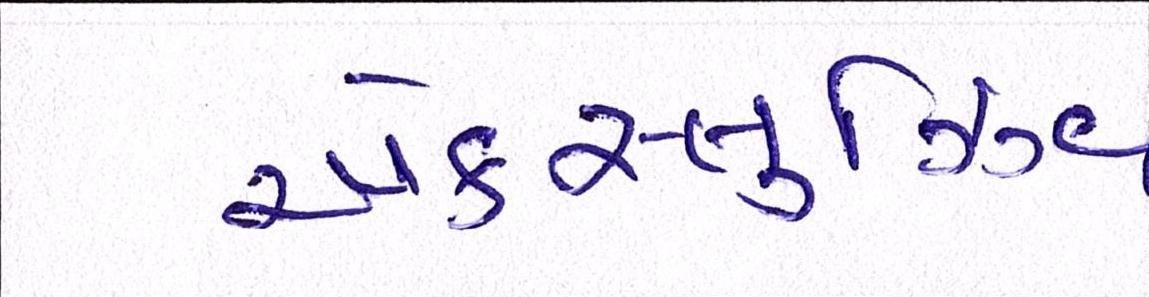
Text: એક્સ્લુઝિવ